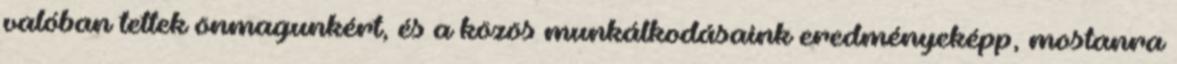
valóban tettek önmagunkért, és a közös munkálkodásaink eredményeképp, mostanra